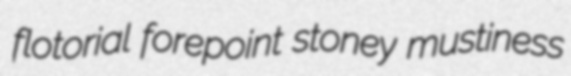
flotorial forepoint stoney mustiness